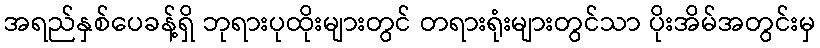
အရည်နှစ်ပေခန့်ရှိ ဘုရားပုထိုးများတွင် တရားရုံးများတွင်သာ ပိုးအိမ်အတွင်းမှ